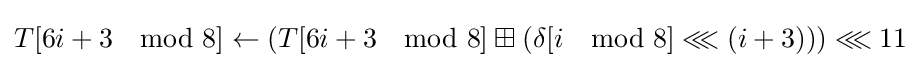
T[6i+3\mod 8]\leftarrow \left(T[6i+3\mod 8]\boxplus \left(\delta [i\mod 8]\lll \left(i+3\right)\right)\right)\lll 11